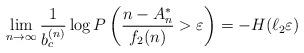
LaTeX: \begin{align*}\lim_{n\to\infty}\frac{1}{b_c^{(n)}}\log P\left(\frac{n-A_n^*}{f_2(n)}>\varepsilon\right)=-H(\ell_2\varepsilon)\end{align*}